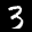
Label: 3